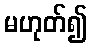
မဟုတ်၍